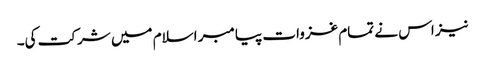
نیز اس نے تمام غزوات پیامبر اسلام میں شرکت کی۔